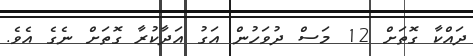
ދައްކާ ގޮތަށް 12 މަސް ދުވަހުން އަގު އަދާކުރާ ގޮތަށް ނެގެ އެވެ.